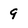
Character: 9